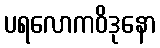
ပရလောကဝိဒုနော